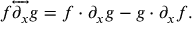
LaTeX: f { \overleftrightarrow { \partial _ { x } } } g = f \cdot \partial _ { x } g - g \cdot \partial _ { x } f .